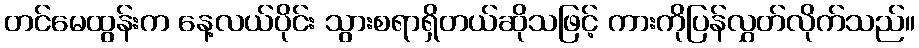
တင်မေထွန်းက နေ့လယ်ပိုင်း သွားစရာရှိတယ်ဆိုသဖြင့် ကားကိုပြန်လွှတ်လိုက်သည်။